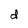
Character: d